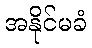
အနိုင်မခံ